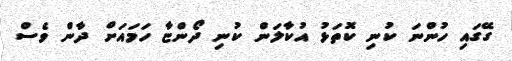
ގޭގައި ހުންނަ ކުނި ކޮތަޅު އުކާލަން ކުނި ދޯންޏާ ހަމައަށް ދާން ވެސް